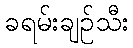
ခရမ်းချဉ်သီး